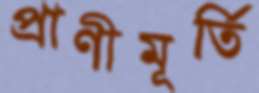
প্রাণীমূর্তি